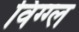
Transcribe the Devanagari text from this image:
विग्ग्ल